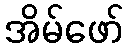
အိမ်ဖော်